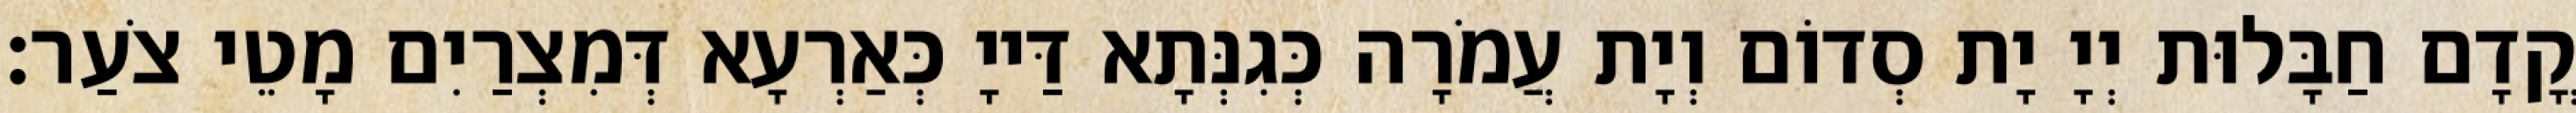
קֳדָם חַבָּלוּת יְיָ יָת סְדוֹם וְיָת עֲמֹרָה כְּגִנְּתָא דַּייָ כְּאַרְעָא דְּמִצְרַיִם מָטֵי צֹעַר׃